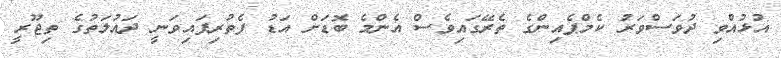
އުޅުއްވި ދުވަސްވަރު ކެމްޕެއިންގެ ތެރޭގައިވެސް އެންމެ ބޮޑަށް އަޑު ފެތުރިފައިވަނީ ދައުލަތުގެ ތިޖޫރީ